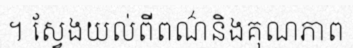
។ ស្វែងយល់ពីពណ៌និងគុណភាព